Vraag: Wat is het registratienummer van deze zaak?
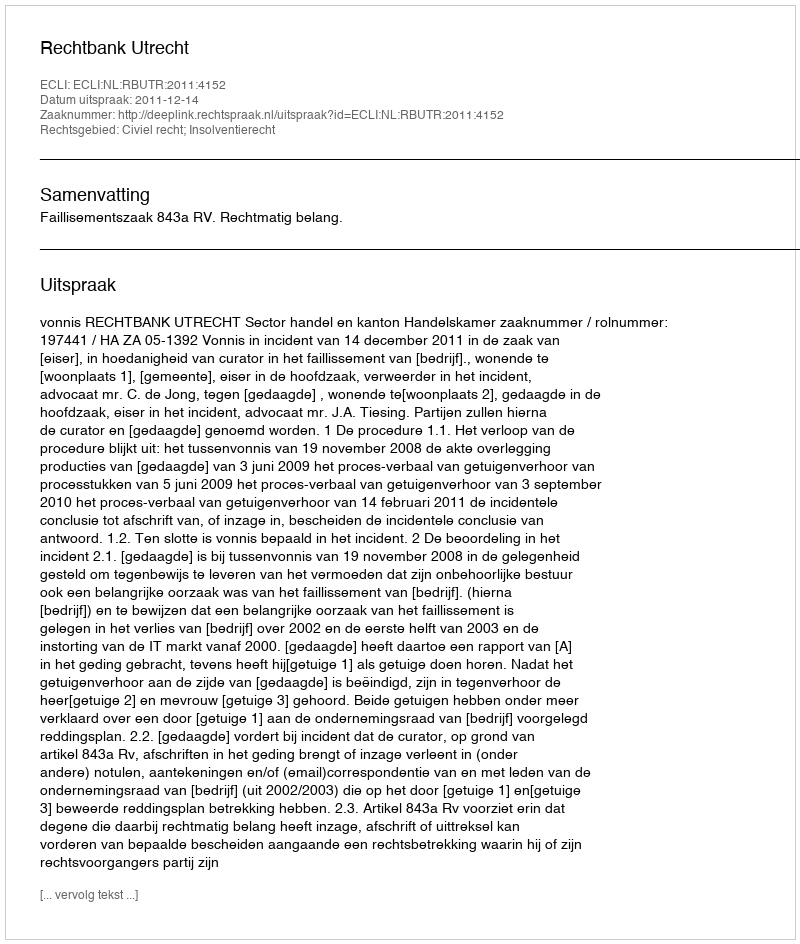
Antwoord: http://deeplink.rechtspraak.nl/uitspraak?id=ECLI:NL:RBUTR:2011:4152